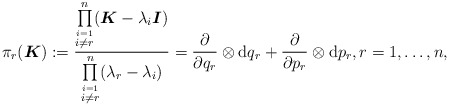
\begin{gather*}\pi_r(\boldsymbol{K}):= \frac{\prod\limits_{\stackrel{i=1}{i\neq r}}^n (\boldsymbol{K}-\lambda_i\boldsymbol{I})}{\prod\limits_{\stackrel{i=1}{i\neq r}}^n (\lambda_r-\lambda_i)}= \frac{\partial}{\partial q_r}\otimes \mathrm{d} q_r+ \frac{\partial}{\partial p_r}\otimes \mathrm{d} p_r, r=1,\ldots,n ,\end{gather*}